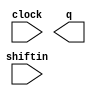
// megafunction wizard: %LPM_SHIFTREG%VBB%
// GENERATION: STANDARD
// VERSION: WM1.0
// MODULE: LPM_SHIFTREG 

// ============================================================
// Megafunction Name(s):
// 			LPM_SHIFTREG
//
// Simulation Library Files(s):
// 			lpm
// ============================================================
// ************************************************************
// THIS IS A WIZARD-GENERATED FILE. DO NOT EDIT THIS FILE!
//
// 13.0.1 Build 232 06/12/2013 SP 1 SJ Full Version
// ************************************************************

//Copyright (C) 1991-2013 Altera Corporation
//Your use of Altera Corporation's design tools, logic functions 
//and other software and tools, and its AMPP partner logic 
//functions, and any output files from any of the foregoing 
//(including device programming or simulation files), and any 
//associated documentation or information are expressly subject 
//to the terms and conditions of the Altera Program License 
//Subscription Agreement, Altera MegaCore Function License 
//Agreement, or other applicable license agreement, including, 
//without limitation, that your use is for the sole purpose of 
//programming logic devices manufactured by Altera and sold by 
//Altera or its authorized distributors.  Please refer to the 
//applicable agreement for further details.

module lpm_shiftreg0 (
	clock,
	shiftin,
	q);

	input	  clock;
	input	  shiftin;
	output	[9:0]  q;

endmodule

// ============================================================
// CNX file retrieval info
// ============================================================
// Retrieval info: PRIVATE: ACLR NUMERIC "0"
// Retrieval info: PRIVATE: ALOAD NUMERIC "0"
// Retrieval info: PRIVATE: ASET NUMERIC "0"
// Retrieval info: PRIVATE: ASET_ALL1 NUMERIC "1"
// Retrieval info: PRIVATE: CLK_EN NUMERIC "0"
// Retrieval info: PRIVATE: INTENDED_DEVICE_FAMILY STRING "Cyclone III"
// Retrieval info: PRIVATE: LeftShift NUMERIC "1"
// Retrieval info: PRIVATE: ParallelDataInput NUMERIC "0"
// Retrieval info: PRIVATE: Q_OUT NUMERIC "1"
// Retrieval info: PRIVATE: SCLR NUMERIC "0"
// Retrieval info: PRIVATE: SLOAD NUMERIC "0"
// Retrieval info: PRIVATE: SSET NUMERIC "0"
// Retrieval info: PRIVATE: SSET_ALL1 NUMERIC "1"
// Retrieval info: PRIVATE: SYNTH_WRAPPER_GEN_POSTFIX STRING "0"
// Retrieval info: PRIVATE: SerialShiftInput NUMERIC "1"
// Retrieval info: PRIVATE: SerialShiftOutput NUMERIC "0"
// Retrieval info: PRIVATE: nBit NUMERIC "10"
// Retrieval info: PRIVATE: new_diagram STRING "1"
// Retrieval info: LIBRARY: lpm lpm.lpm_components.all
// Retrieval info: CONSTANT: LPM_DIRECTION STRING "LEFT"
// Retrieval info: CONSTANT: LPM_TYPE STRING "LPM_SHIFTREG"
// Retrieval info: CONSTANT: LPM_WIDTH NUMERIC "10"
// Retrieval info: USED_PORT: clock 0 0 0 0 INPUT NODEFVAL "clock"
// Retrieval info: USED_PORT: q 0 0 10 0 OUTPUT NODEFVAL "q[9..0]"
// Retrieval info: USED_PORT: shiftin 0 0 0 0 INPUT NODEFVAL "shiftin"
// Retrieval info: CONNECT: @clock 0 0 0 0 clock 0 0 0 0
// Retrieval info: CONNECT: @shiftin 0 0 0 0 shiftin 0 0 0 0
// Retrieval info: CONNECT: q 0 0 10 0 @q 0 0 10 0
// Retrieval info: GEN_FILE: TYPE_NORMAL lpm_shiftreg0.v TRUE
// Retrieval info: GEN_FILE: TYPE_NORMAL lpm_shiftreg0.inc FALSE
// Retrieval info: GEN_FILE: TYPE_NORMAL lpm_shiftreg0.cmp FALSE
// Retrieval info: GEN_FILE: TYPE_NORMAL lpm_shiftreg0.bsf TRUE FALSE
// Retrieval info: GEN_FILE: TYPE_NORMAL lpm_shiftreg0_inst.v FALSE
// Retrieval info: GEN_FILE: TYPE_NORMAL lpm_shiftreg0_bb.v TRUE
// Retrieval info: LIB_FILE: lpm